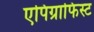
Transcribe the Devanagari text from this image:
एपिग्राफिस्ट